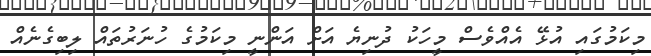
މިކަމުގައި އުޅޭ އެއްވެސް މީހަކު ދުނިޔެ އަށް އަންނީ މިކަމުގެ ހުނަރުތައް ލިބިގެނެއް